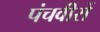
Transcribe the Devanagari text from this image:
पंचवीरों